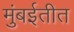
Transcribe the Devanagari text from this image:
मुंबईतीत